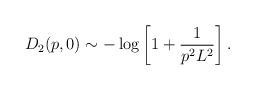
LaTeX: \begin{align*}D_2(p,0) \sim - \log\left[1+\frac{1}{p^2L^2}\right].\end{align*}